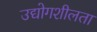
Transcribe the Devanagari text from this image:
उद्योगशीलता